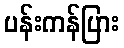
ပန်းကန်ပြား